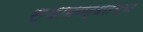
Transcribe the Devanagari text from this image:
स्थानबद्धतेच्या